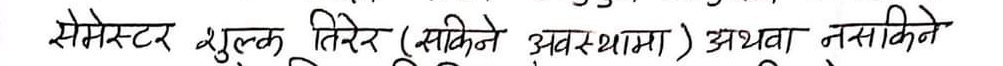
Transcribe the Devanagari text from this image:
सेमेस्टर शुल्क तिरेर (सकिने अवस्थामा) अथवा नसकिने